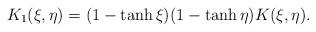
LaTeX: \begin{align*} K_1(\xi,\eta) = (1 - \tanh \xi)(1 - \tanh \eta)K(\xi,\eta). \end{align*}